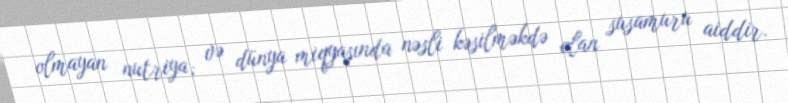
olmayan nutriya; və dünya miqyasında nəsli kəsilməkdə olan susamuru aiddir.